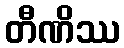
တီဏိဿ